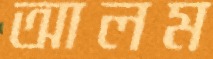
আলম